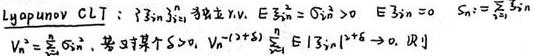
Lyapunov CLT : $\exists\{ \xi_n\}_{n\geq 1}$ 独立 r.v. , $E\xi_n^2=\sigma_n^2 > 0$, $E\xi_n = 0$, $S_n=\sum_{j = 1}^n\xi_j$,
$V_n=\sum_{j = 1}^n\sigma_j^2$, 若 $\exists$ 某个 $\delta>0$, $V_n^{-(2 + \delta)}\sum_{j = 1}^nE|\xi_j|^{2+\delta}\to 0$, 则